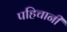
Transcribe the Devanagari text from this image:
पहिचानी